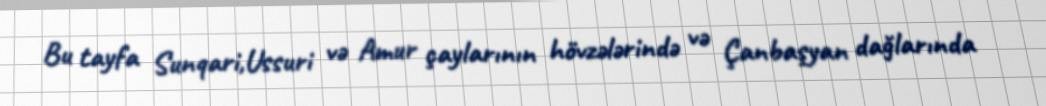
Bu tayfa Sunqari,Ussuri və Amur çaylarının hövzələrində və Çanbaşyan dağlarında